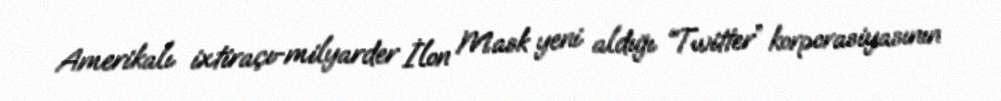
Amerikalı ixtiraçı-milyarder İlon Mask yeni aldığı “Twitter” korporasiyasının